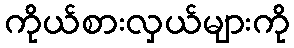
ကိုယ်စားလှယ်များကို